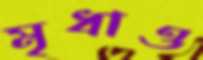
মৃধাও